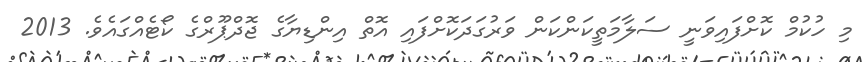
މި ހުކުމް ކޮށްފައިވަނީ ސަލާމަތީކަންކަން ވަރުގަދަކޮށްފައި އޮތް އިންޑިޔާގެ ޖޮދްޕޫރްގެ ކޯޓެއްގައެވެ. 2013